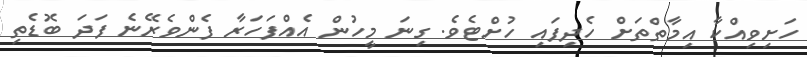
ހަށިވިއްކާ އިމާތްތަށް ހެދިފައި ހުށްޓެވެ. ގިނަ މީހުން އެއްފަހަރާ ފެންވެރޭނެ ފަދަ ބޮޑެތި